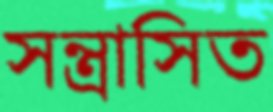
সন্ত্রাসিত